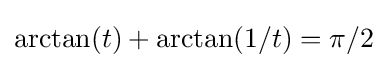
\arctan(t)+\arctan(1/t)=\pi /2